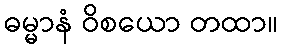
ဓမ္မာနံ ဝိစယော တထာ။